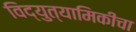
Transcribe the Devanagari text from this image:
विद्युत्यामिकीचा